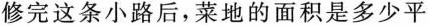
修完这条小路后，菜地的面积是多少平